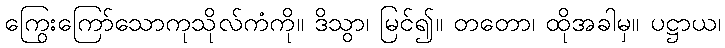
ကြွေးကြော်သောကုသိုလ်ကံကို။ ဒိသွာ၊ မြင်၍။ တတော၊ ထိုအခါမှ။ ပဋ္ဌာယ၊